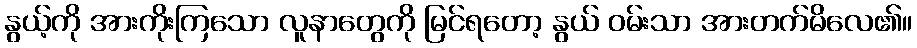
နွယ့်ကို အားကိုးကြသော လူနာတွေကို မြင်ရတော့ နွယ် ဝမ်းသာ အားတက်မိလေ၏။